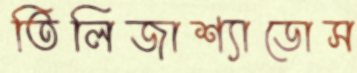
তিলিজাশ্যাডোস